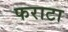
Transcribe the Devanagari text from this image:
फराटा